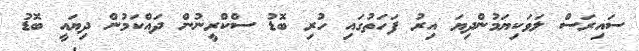
ސައިރަސް ލަވަކިޔަމުންދިޔަ އިރު ފަހަތުގައި ހުރި ބޮޑު ސްކްރީނުން ދައްކަމުން ދިޔައީ ބޮޑު